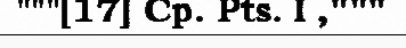
"""[17] Cp. Pts. I ,"""